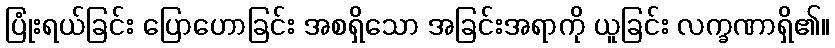
ပြုံးရယ်ခြင်း ပြောဟောခြင်း အစရှိသော အခြင်းအရာကို ယူခြင်း လက္ခဏာရှိ၏။